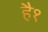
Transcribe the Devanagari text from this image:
है१